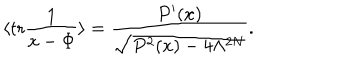
LaTeX: \langle \mathrm { t r } \frac { 1 } { x - \Phi } \rangle = \frac { P ^ { \prime } ( x ) } { \sqrt { P ^ { 2 } ( x ) - 4 \Lambda ^ { 2 N } } } .